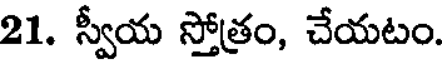
21. స్వీయ స్తోత్రం, చేయటం.